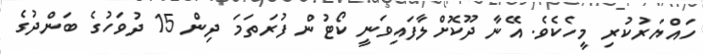
ހައްޔަރުކުރި މީހެކެވެ. އޭނާ ދޫކޮށްލާފައިވަނީ ކޯޓުން ފުރަތަމަ ދިން 15 ދުވަހުގެ ބަންދުގެ